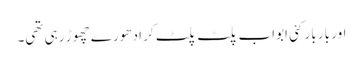
اور بار بار کئی ابواب پلٹ پلٹ کر ادھورے چھوڑ رہی تھی۔